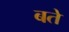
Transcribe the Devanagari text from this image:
बते